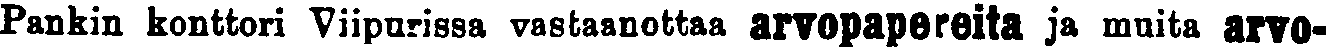
Pankin konttori Viipurissa vastaanottaa arvopapereita ja muita arvo-